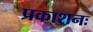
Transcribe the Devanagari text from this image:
प्रकाशनः